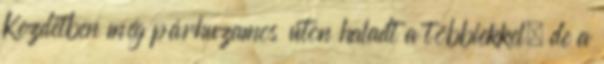
Kezdetben még párhuzamos úton haladt a többiekkel, de a